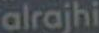
alrajhi